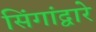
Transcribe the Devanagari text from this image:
सिंगांद्वारे